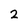
Character: 2